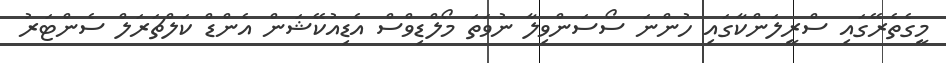
މީގެތެރޭގައި ސްރީލަންކާގައި ހުންނަ ސޯސަންވިލާ ނުވަތަ މޯލްޑިވްސް އެޑިއުކޭޝަން އެންޑް ކަލްޗަރަލް ސެންޓަރު